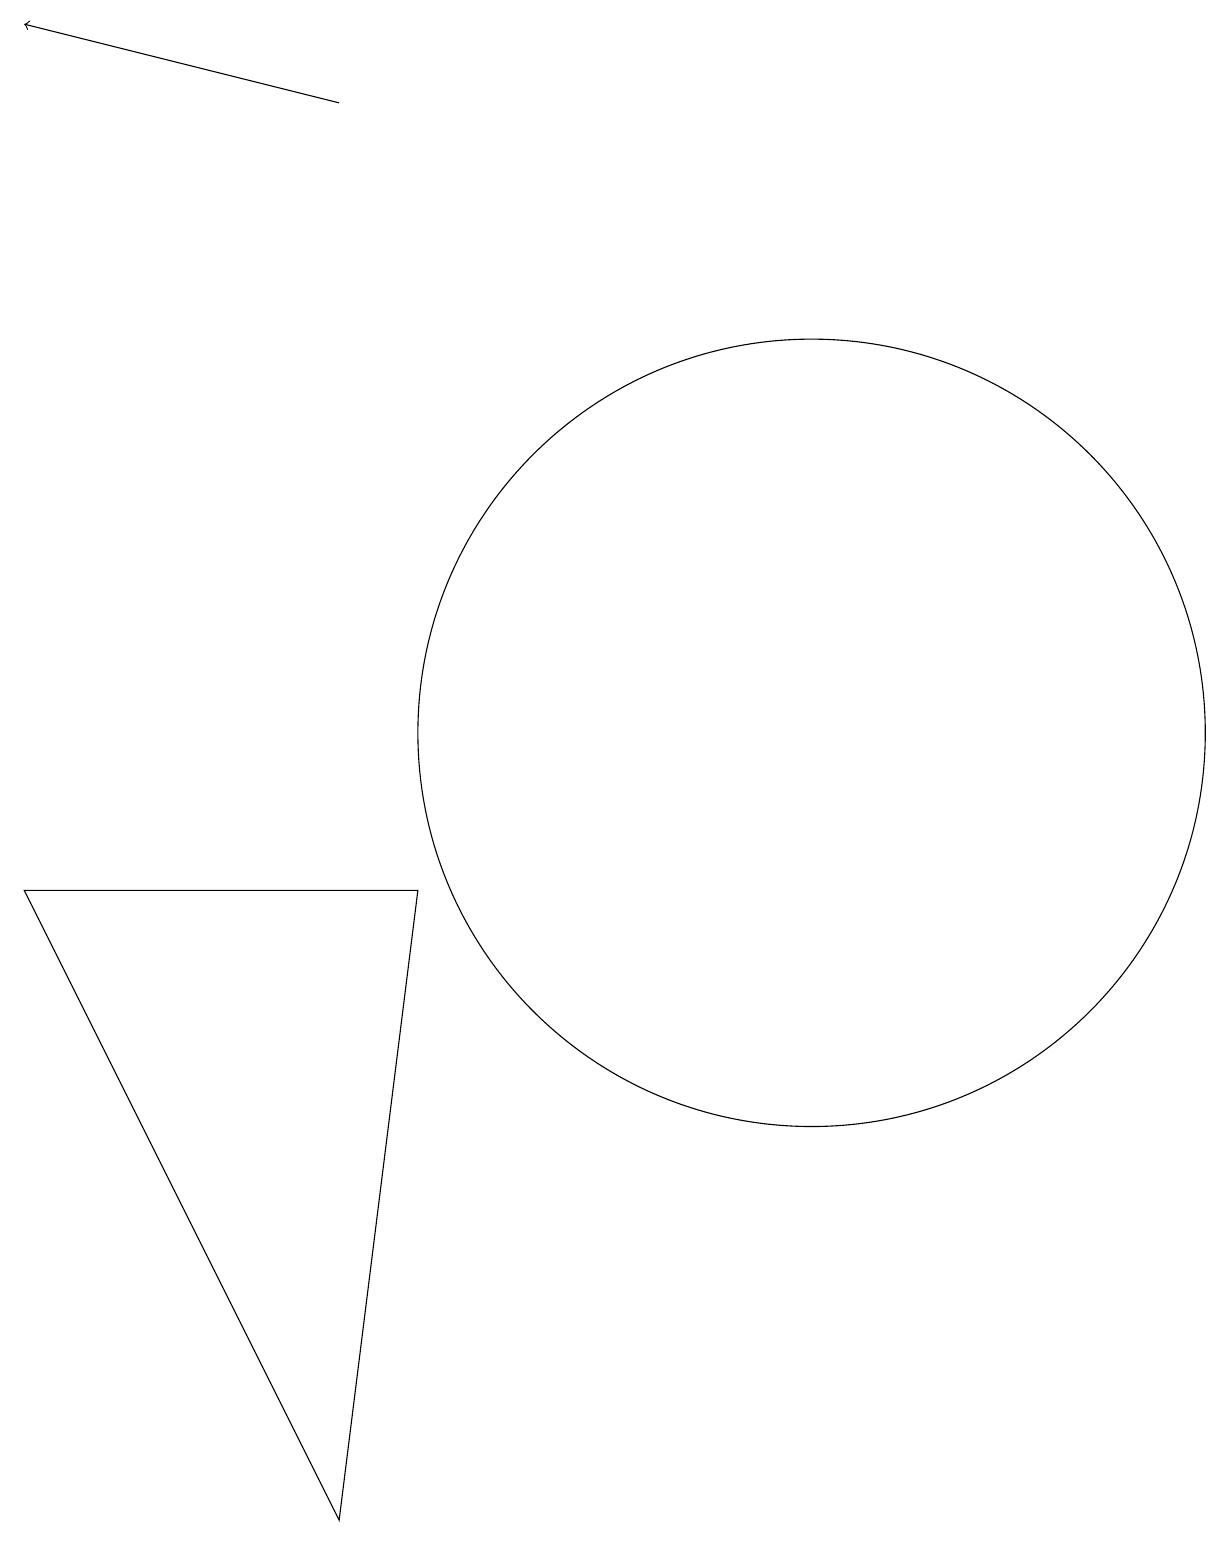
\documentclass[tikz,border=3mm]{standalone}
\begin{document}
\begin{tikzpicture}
\draw[->] (5,18) -- (1,19);
\draw (11,10) circle (5);
\draw (6,8) -- (1,8) -- (5,0) -- cycle;
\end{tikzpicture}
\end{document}